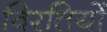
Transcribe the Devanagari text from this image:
विरतियों